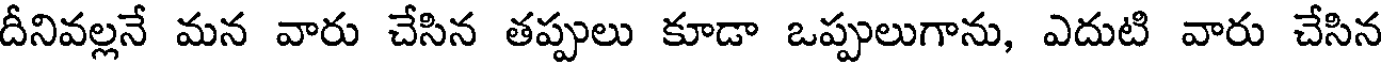
దీనివల్లనే మన వారు చేసిన తప్పులు కూడా ఒప్పులుగాను, ఎదుటి వారు చేసిన